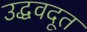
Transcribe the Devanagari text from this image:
उद्धवदूत